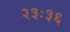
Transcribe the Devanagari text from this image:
२३ः३६